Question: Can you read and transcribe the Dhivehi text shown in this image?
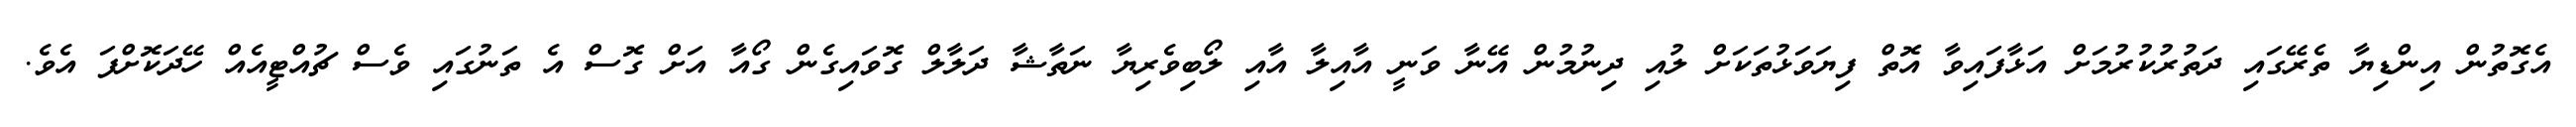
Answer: އެގޮތުން އިންޑިޔާ ތެރޭގައި ދަތުރުކުރުމަށް އަޅާފައިވާ އޮތް ފިޔަވަޅުތަކަށް ލުއި ދިނުމުން އޭނާ ވަނީ އާއިލާ އާއި ލޯބިވެރިޔާ ނަތާޝާ ދަލާލް ގޮވައިގެން ގޯއާ އަށް ގޮސް އެ ތަނުގައި ވެސް ޗުއްޓީއެއް ހޭދަކޮށްފަ އެވެ.